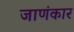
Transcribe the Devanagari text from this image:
जाणंकार